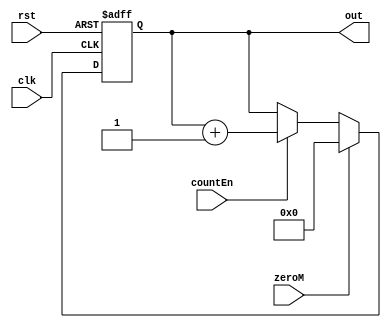
module counterM (clk, rst, countEn, zeroM, out);

parameter DW = 8;


input clk, rst, countEn, zeroM;
output reg [DW-1:0] out;
always @ ( posedge clk, posedge rst ) begin
  if(rst) begin
    out <= 0;
  end
  else begin
    if(zeroM) begin
      out <= 0;
    end
    else begin
      if(countEn)begin
        out <= out + 1;
      end
    end
  end
end

endmodule // counterM